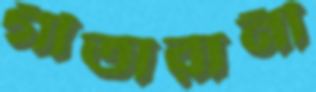
গীতারানী